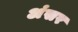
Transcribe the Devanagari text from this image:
अंसर